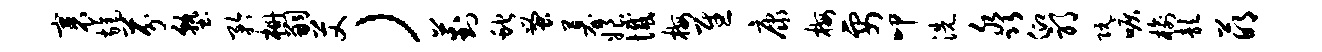
裹旄芬塾矜栅嗣艾）葑蛇蚤募娘憾梅慰康梅要叩洗淼仰邪阮唳榆歆萌